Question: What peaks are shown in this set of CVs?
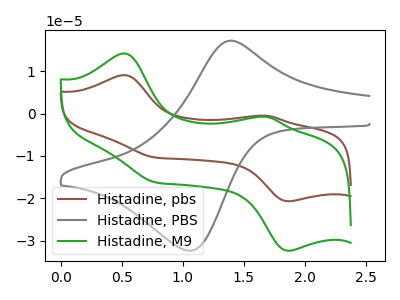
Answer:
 <answer>The brown curve "Histadine, pbs" has anodic peaks at (0.55V, 9.10uA) (1.70V, -0.50uA) and cathodic peaks at (1.85V, -20.70uA) (0.75V, -10.35uA). The gray curve "Histadine, PBS" has an anodic peak at (1.40V, 17.20uA) and a cathodic peak at (1.05V, -32.35uA). The green curve "Histadine, M9" has anodic peaks at (0.55V, 14.20uA) (1.70V, -0.80uA) and cathodic peaks at (1.85V, -32.40uA) (0.75V, -16.20uA).</answer>
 <eval></eval>